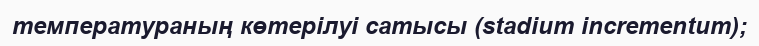
температураның көтерілуі сатысы (stadium incrementum);